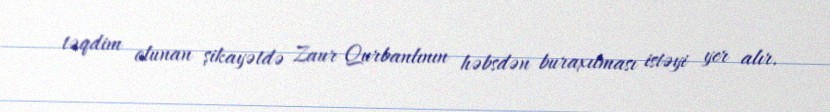
təqdim olunan şikayətdə Zaur Qurbanlının həbsdən buraxılması istəyi yer alır.